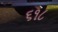
૬૧૮